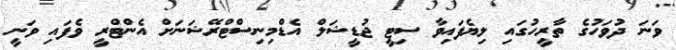
ވަނަ ދުވަހުގެ ތާރީހުގައި ލިޔެފައިވާ ސިޓީ ޖުޑީޝަލް އެޑްމިނިސްޓްރޭޝަނަށް އެންޓްރީ ވެފައި ވަނީ